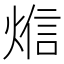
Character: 𰟁